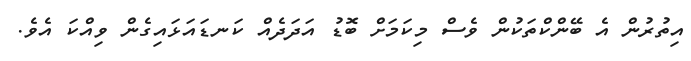
އިތުރުން އެ ބޭންކްތަކުން ވެސް މިކަމަށް ބޮޑު އަދަދެއް ކަނޑައަޅައިގެން ވިއްކަ އެވެ.